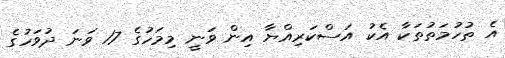
އެ ތުހުމަތުތަކާ އެކު އަސްކަރިއްޔާ އިން ވަނީ މިމަހުގެ 17 ވަނަ ދުވަހުގެ